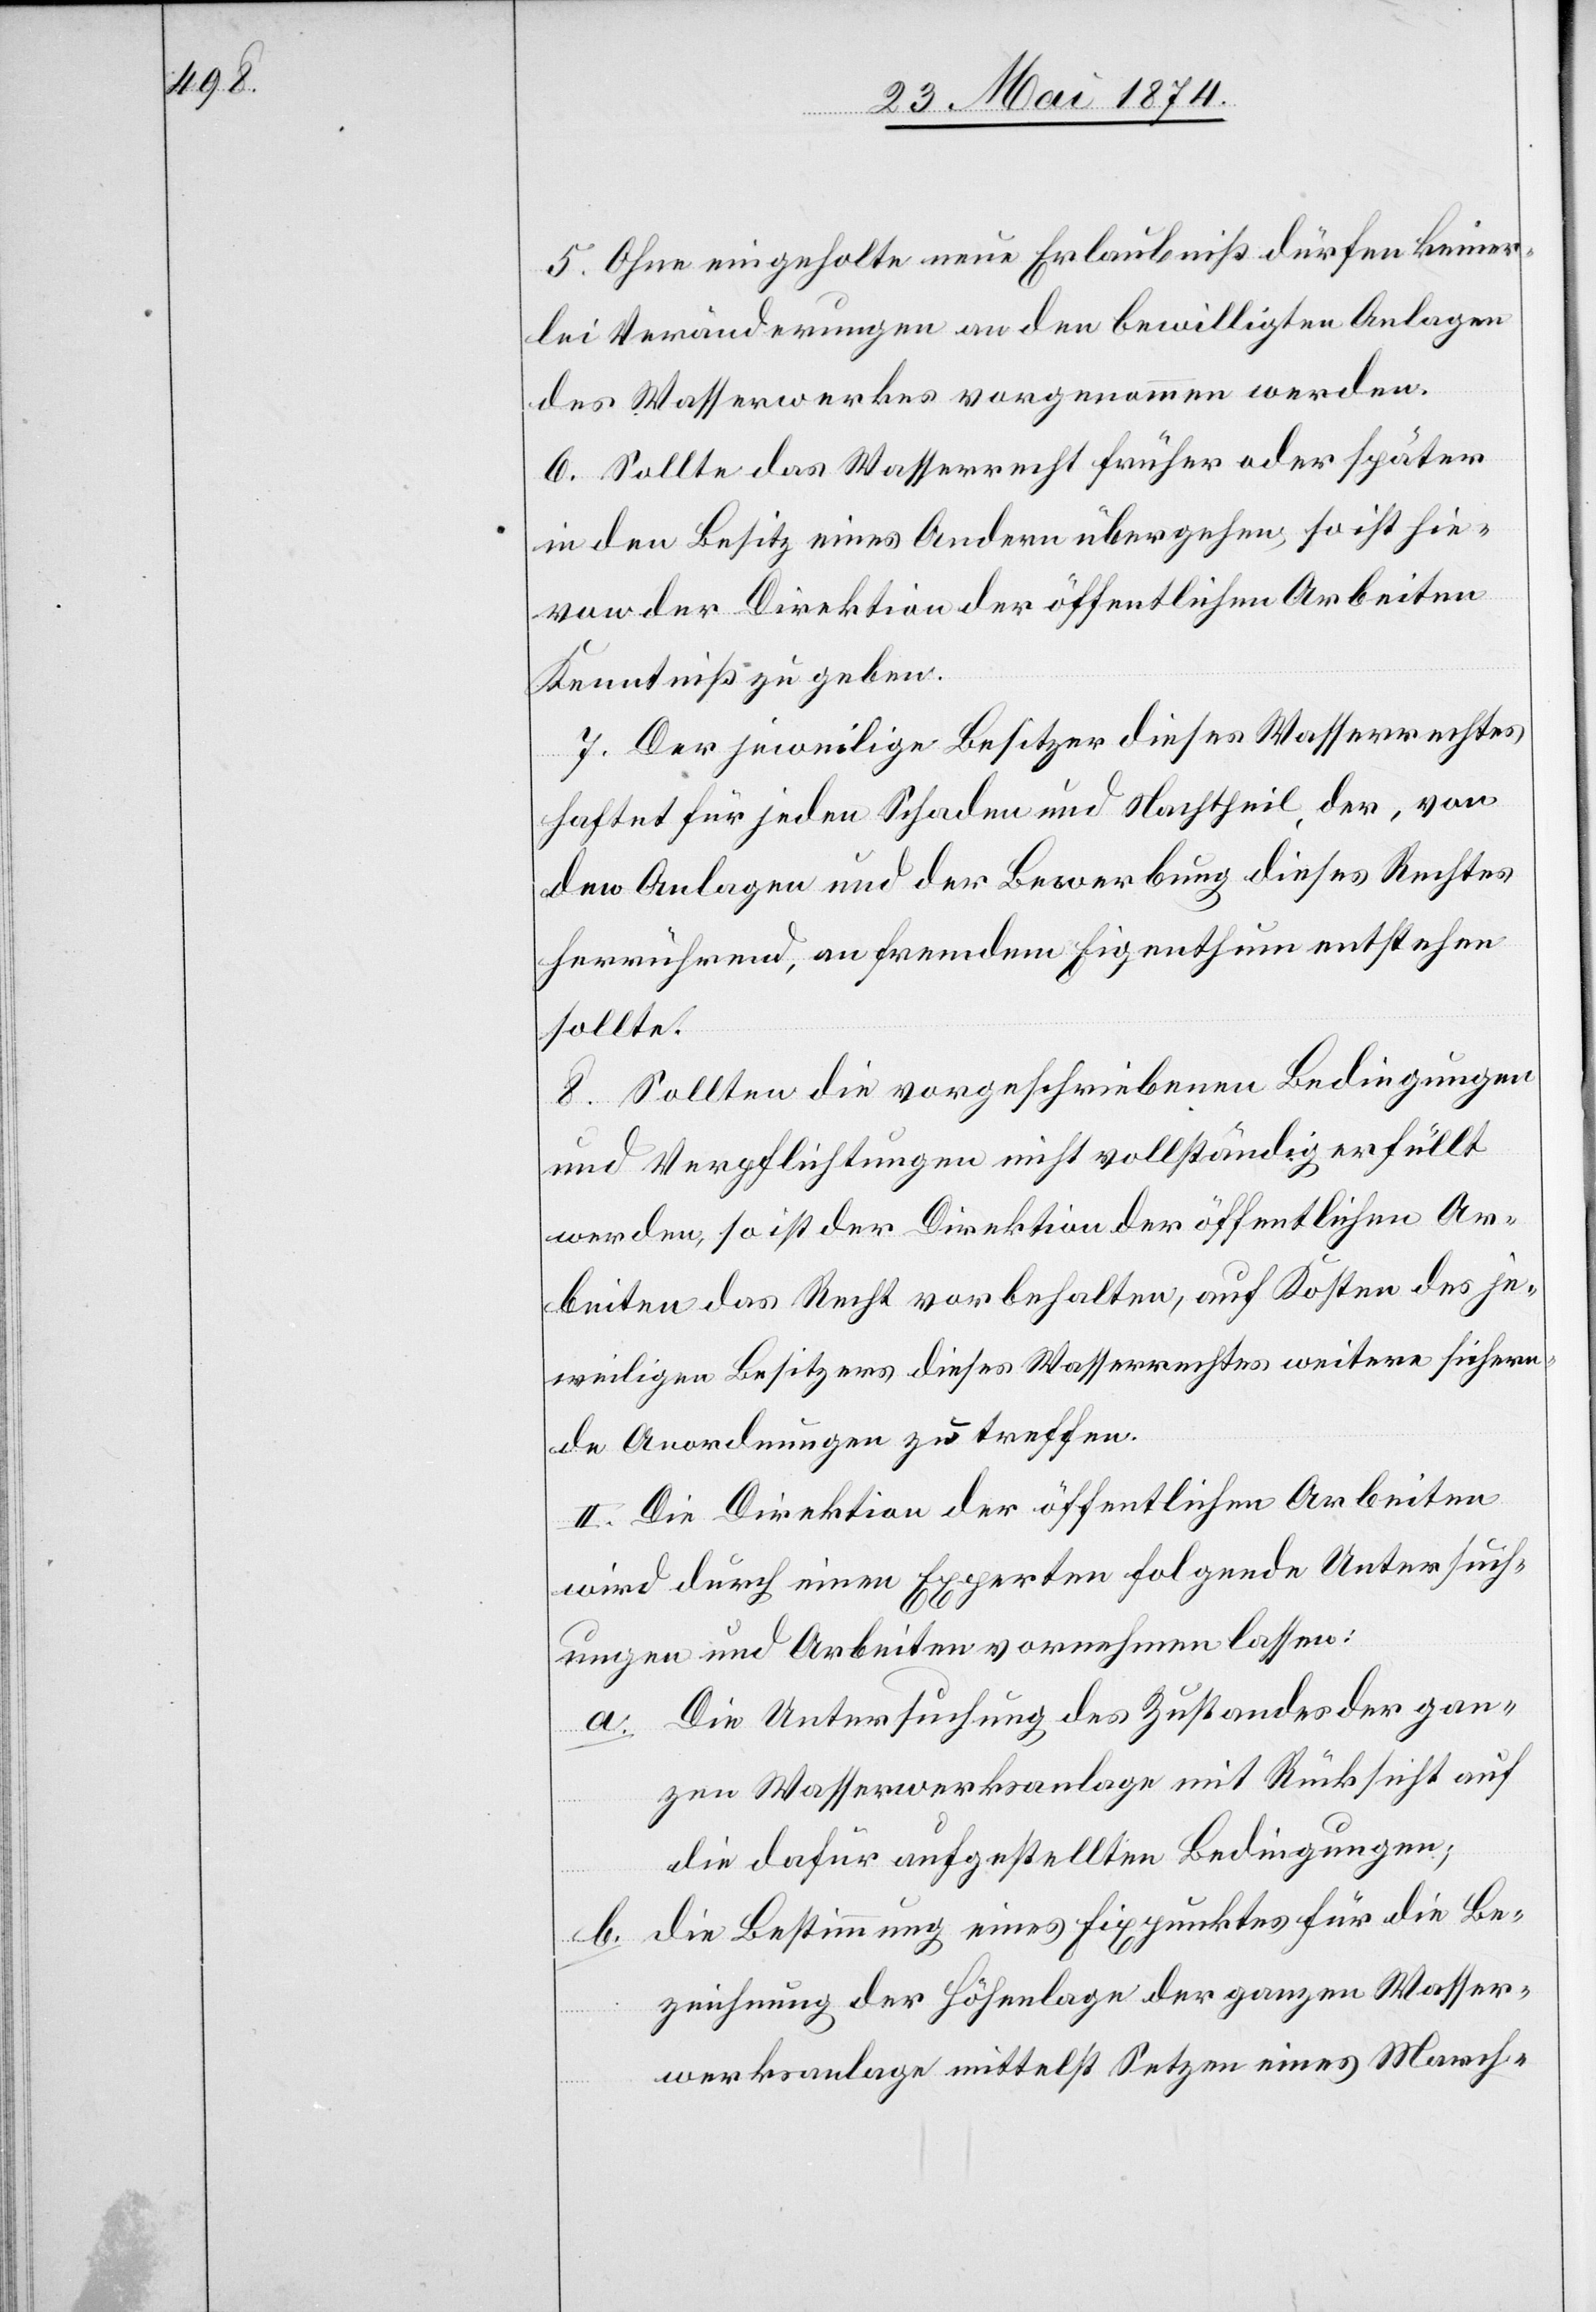
5. Ohne eingeholte neue Erlaubniß dürfen keiner¬
lei Veränderungen an den bewilligten Anlagen
des Wasserwerkes vorgenommen werden.
6. Sollte das Wasserrecht früher oder später
in den Besitz eines Andern übergehen, so ist hie¬
von der Direktion der öffentlichen Arbeiten
Kenntniß zu geben.
7. Der jeweilige Besitzer dieses Wasserrechtes
haftet für jeden Schaden und Nachtheil der, von
den Anlagen und der Bewerbung dieses Rechtes
herrührend, an fremdem Eigenthum entstehen
sollte.
8. Sollten die vorgeschriebenen Bedingungen
und Verpflichtungen nicht vollständig erfüllt
werden, so ist der Direktion der öffentlichen Ar¬
beiten das Recht vorbehalten, auf Kosten des je¬
weiligen Besitzers dieses Wasserrechtes weitere sichern¬
de Anordnungen zu treffen.
II. Die Direktion der öffentlichen Arbeiten
wird durch einen Experten folgende Untersuch¬
ungen und Arbeiten vornehmen lassen:
Die Untersuchung des Zustandes der gan¬
zen Wasserwerksanlage mit Rücksicht auf
die dafür aufgestellten Bedingungen;
die Bestimmung eines Fixpunktes für die Be¬
b.
zeichnung der Höhenlage der ganzen Wasser¬
werksanlage mittelst Setzen eines March-